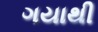
ગયાથી